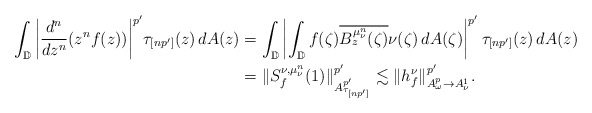
\begin{align*} \int_{\mathbb{D}}\bigg|\frac{d^n}{dz^n}(z^nf(z))\bigg|^{p'}\tau_{[n p']}(z)\,dA(z)&=\int_{\mathbb{D}}\left|\int_{\mathbb{D}}f(\zeta)\overline{B_{z}^{\mu_{\nu}^{n}}(\zeta)}\nu(\zeta)\,dA(\zeta)\right|^{p'}\tau_{[n p']}(z)\,dA(z)\\ &=\|S^{\nu,\mu^{n}_{\nu}}_{f}(1)\|_{A^{p'}_{\tau_{[np']}}}^{p'}\lesssim\|h_{f}^{\nu}\|_{A^{p}_{\omega}\to A^{1}_{\nu}}^{p'}.\end{align*}